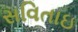
સવિતાઇ